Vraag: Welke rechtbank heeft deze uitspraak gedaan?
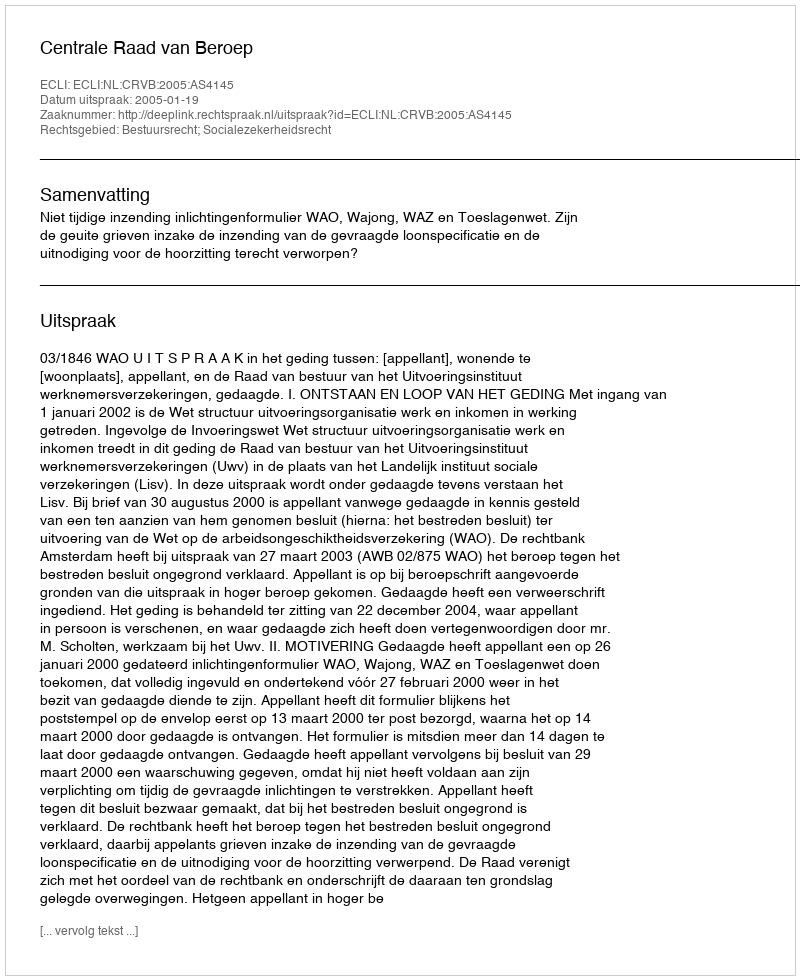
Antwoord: Centrale Raad van Beroep